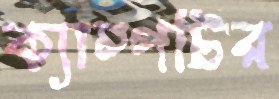
ক্যাম্পটির